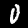
Label: 0